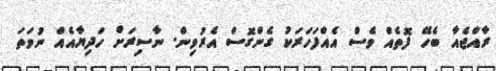
ރާއްޖެއާ ބެހޭ ފޮތެއް ވެސް އެއްފަހަރަކު ގެންގޮސް އެރުވިން. ނާސިރަށް ހަދިޔާއެއް ނުވަތަ